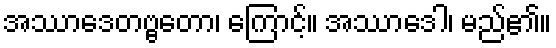
အဿာဒေတဗ္ဗတော၊ ကြောင့်။ အဿာဒေါ၊ မည်၏။